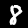
Digit: 8